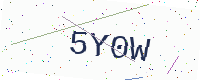
Text: 5Y0W